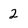
Character: 2